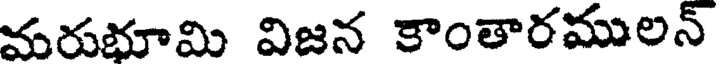
మరుభూమి విజన కాంతారములన్